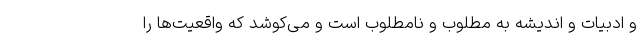
و ادبیات و اندیشه به مطلوب و نامطلوب است و می‌کوشد که واقعیت‌ها را